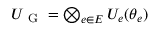
\begin{array} { r } { U _ { \mathrm { ~ G ~ } } = \bigotimes _ { e \in E } U _ { e } ( \theta _ { e } ) } \end{array}